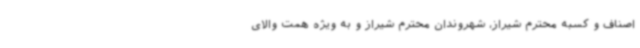
اصناف و کسبه محترم شیراز، شهروندان محترم شیراز و به ویژه همت والای